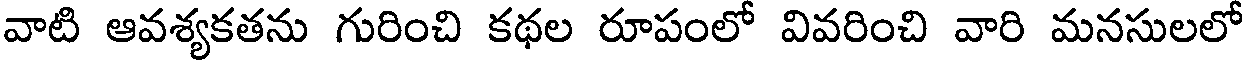
వాటి ఆవశ్యకతను గురించి కథల రూపంలో వివరించి వారి మనసులలో